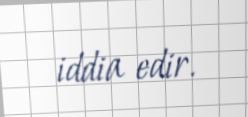
iddia edir.